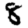
Digit: 8